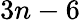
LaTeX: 3n-6